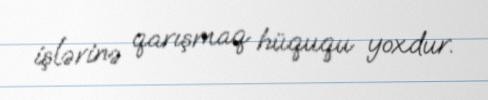
işlərinə qarışmaq hüququ yoxdur.